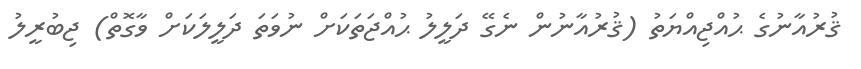
ޤުރުއާނުގެ ޙުއްޖިއްޔަތު (ޤުރުއާނުން ނެގޭ ދަލީލު ޙުއްޖަތަކަށް ނުވަތަ ދަލީލަކަށް ވާގޮތް) ޖިބުރީލު